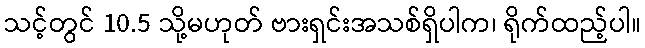
သင့်တွင် 10.5 သို့မဟုတ် ဗားရှင်းအသစ်ရှိပါက၊ ရိုက်ထည့်ပါ။